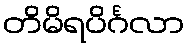
တိမိရပိင်္ဂလာ